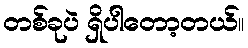
တစ်ခုပဲ ရှိပါတော့တယ်။